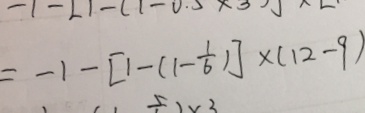
= - 1 - [ 1 - ( 1 - \frac { 1 } { 6 } ) ] \times ( 1 2 - 9 )